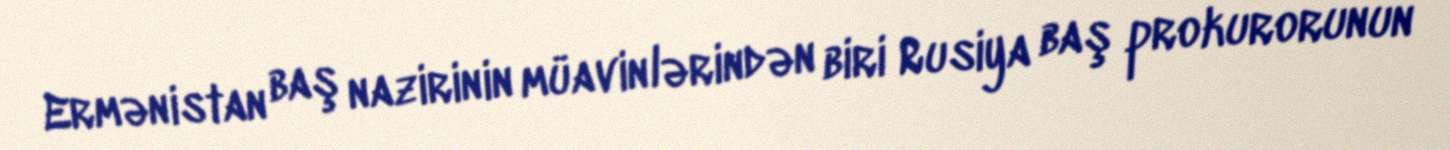
Ermənistan baş nazirinin müavinlərindən biri Rusiya baş prokurorunun